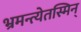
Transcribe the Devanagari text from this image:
भ्रमन्त्येतस्मिन्